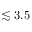
\lesssim 3 . 5